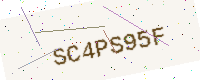
Text: SC4PS95F